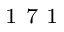
^ \textrm { \scriptsize 1 7 1 }